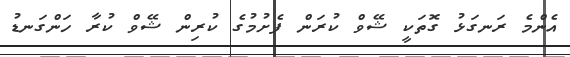
އެންމެ ރަނގަޅު ގޮތަކީ ޝޭވް ކުރަން ފެށުމުގެ ކުރިން ޝޭވް ކުރާ ހަންގަނޑު